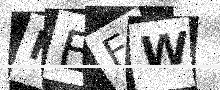
Text: NEFW